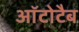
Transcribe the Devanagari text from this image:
ऑटोटैब